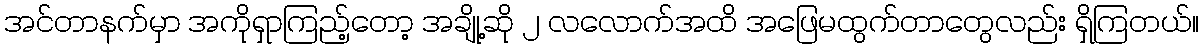
အင်တာနက်မှာ အကိုရှာကြည့်တော့ အချို့ဆို ၂ လလောက်အထိ အဖြေမထွက်တာတွေလည်း ရှိကြတယ်။